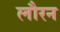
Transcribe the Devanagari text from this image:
लौरन